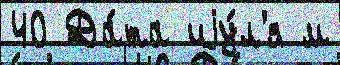
40 Да́та иjу́л'я м